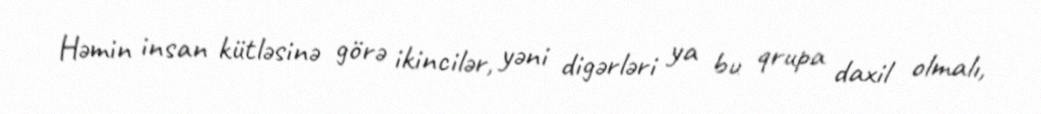
Həmin insan kütləsinə görə ikincilər, yəni digərləri ya bu qrupa daxil olmalı,